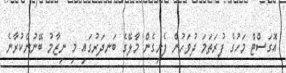
އޮގަސްޓް މަހުގެ ފުރަތަމަ ދުވަހުން ފެށިގެން މާލޭގެ ބަނދަރުގައި މި ނިޒާމު ބޭނުންކުރާނެ